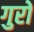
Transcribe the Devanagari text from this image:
गुरो